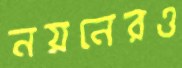
নয়নেরও